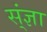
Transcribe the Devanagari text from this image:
स्ंज्ञा